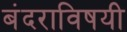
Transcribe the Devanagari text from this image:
बंदराविषयी